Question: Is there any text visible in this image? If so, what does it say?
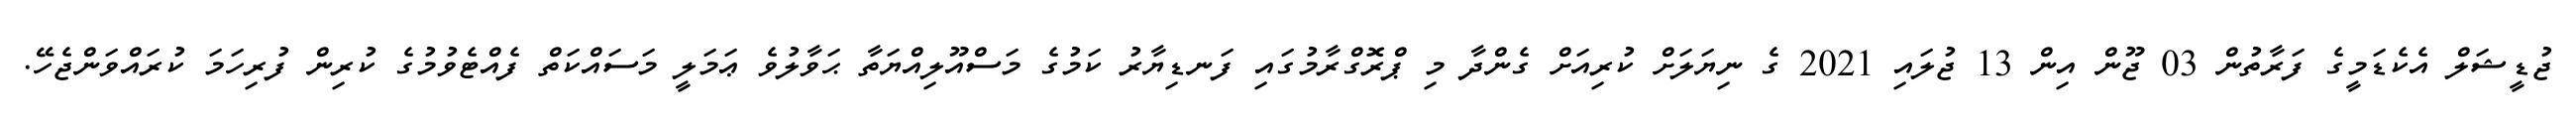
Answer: ޖުޑީޝަލް އެކެޑަމީގެ ފަރާތުން 03 ޖޫން އިން 13 ޖުލައި 2021 ގެ ނިޔަލަށް ކުރިއަށް ގެންދާ މި ޕްރޮގްރާމުގައި ފަނޑިޔާރު ކަމުގެ މަސްއޫލިއްޔަތާ ޙަވާލުވެ ޢަމަލީ މަސައްކަތް ފެއްޓެވުމުގެ ކުރިން ފުރިހަމަ ކުރައްވަންޖެހޭ.